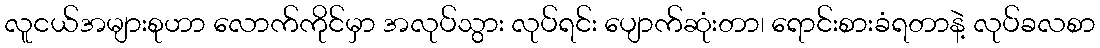
လူငယ်အများစုဟာ လောက်ကိုင်မှာ အလုပ်သွား လုပ်ရင်း ပျောက်ဆုံးတာ၊ ရောင်းစားခံရတာနဲ့ လုပ်ခလစာ